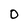
Character: 0